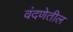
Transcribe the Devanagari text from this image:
वंदणेतील